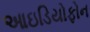
આઇડિયોફોન